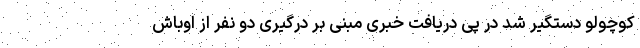
کوچولو دستگیر شد در پی دریافت خبری مبنی بر درگیری دو نفر از اوباش